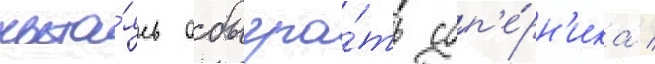
пыта́ясь обыгра́ть соп'е́рн'ика /